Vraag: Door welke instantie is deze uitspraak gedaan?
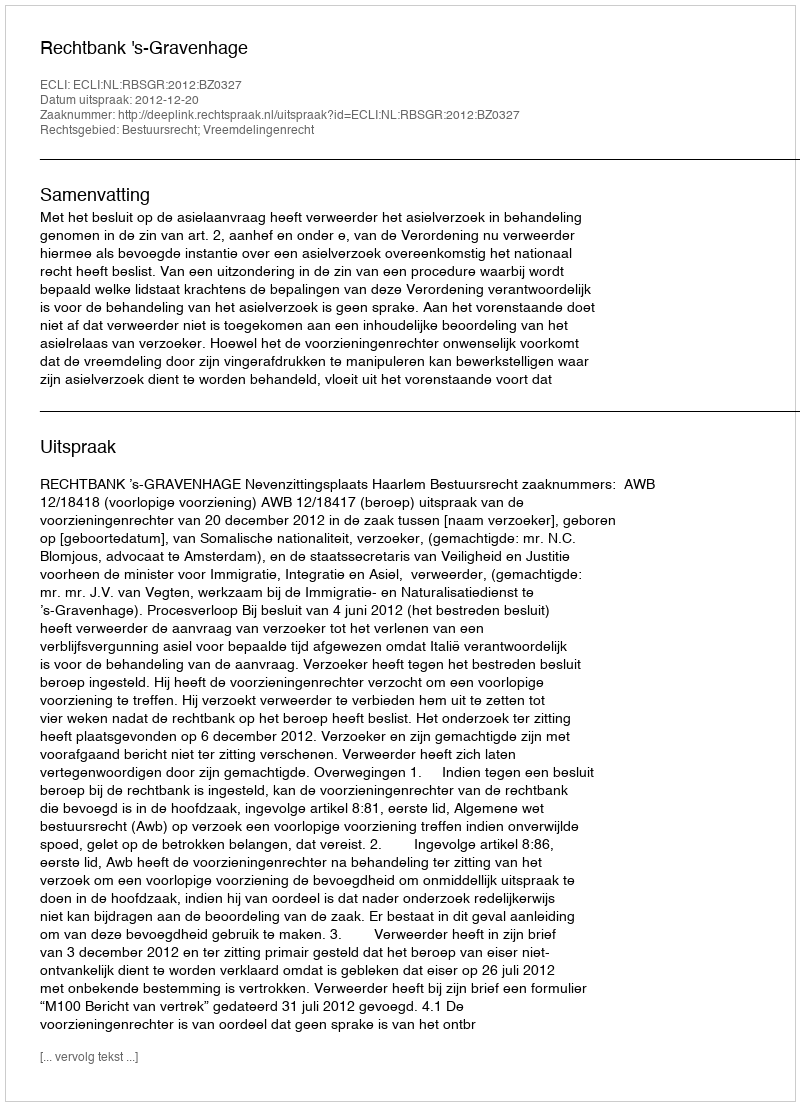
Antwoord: Rechtbank 's-Gravenhage